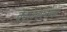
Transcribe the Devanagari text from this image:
वेदाध्ययनाला